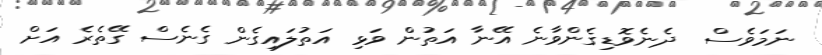
ނަމަވެސް  ދެނެވޮޑިގެންވާނެ އޭނާ އަތުން ވަޅި އަތުލައިގެން ގެނެސް ގޭތެރެ އަށް